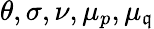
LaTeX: \theta,\sigma,\nu,\mu_{p},\mu_{\mathfrak{q}}